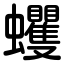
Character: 蠼